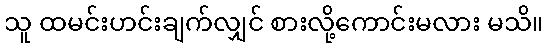
သူ ထမင်းဟင်းချက်လျှင် စားလို့ကောင်းမလား မသိ။